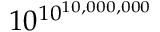
1 0 ^ { 1 0 ^ { 1 0 , 0 0 0 , 0 0 0 } }